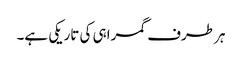
ہر طرف گمراہی کی تاریکی ہے۔